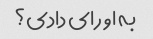
به او رای دادی؟